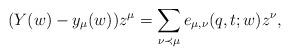
LaTeX: \begin{align*}(Y(w)-y_{\mu}(w)) z^{\mu}=\sum_{\nu \prec \mu}e_{\mu,\nu}(q,t;w) z^{\nu},\end{align*}